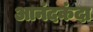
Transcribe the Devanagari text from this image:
आनंदकंदा